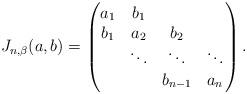
LaTeX: \begin{align*}J_{n,\beta}(a,b) = \begin{pmatrix}a_1&b_1\\b_1&a_2&b_2\\&\ddots&\ddots&\ddots\\&&b_{n - 1}&a_n\end{pmatrix}.\end{align*}